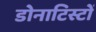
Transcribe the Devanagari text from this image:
डोनाटिस्टों